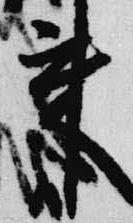
来